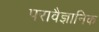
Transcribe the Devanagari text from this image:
परावैज्ञानिक